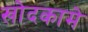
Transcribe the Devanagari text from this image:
खोदकामे